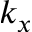
k _ { x }